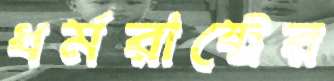
ধর্মরাষ্ট্রের